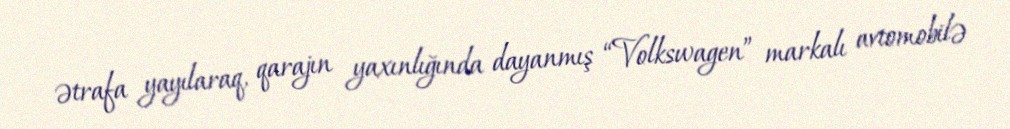
ətrafa yayılaraq, qarajın yaxınlığında dayanmış “Volkswagen” markalı avtomobilə